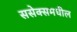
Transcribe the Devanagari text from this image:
ससेक्समधील